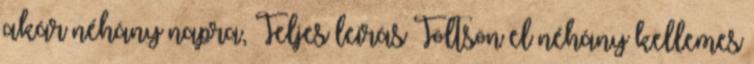
akár néhány napra, Teljes leírás Töltsön el néhány kellemes